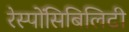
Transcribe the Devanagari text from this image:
रेस्पोंसिबिलिटी